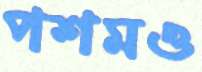
পশমও